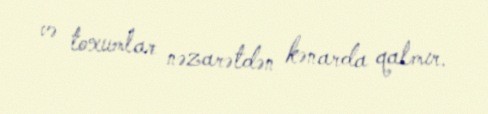
və toxumlar nəzarətdən kənarda qalmır.